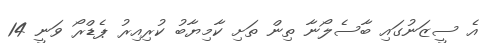
އެ ސީޒަނުގައި ބާސެލޯނާ ތިން ތަށި ކާމިޔާބު ކުރިއިރު ޕެޑްރޯ ވަނީ 14